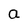
Character: a